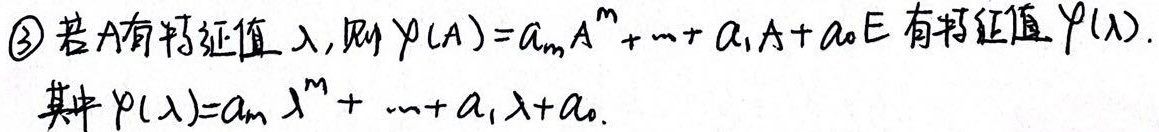
\textcircled{3} 若\(A\)有特征值\(\lambda\)，则\(\varphi(A)=a_{m}A^{m}+\cdots + a_{1}A + a_{0}E\)有特征值\(\varphi(\lambda)\)。其中\(\varphi(\lambda)=a_{m}\lambda^{m}+\cdots + a_{1}\lambda + a_{0}\)。